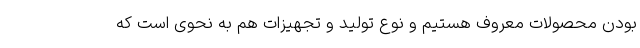
بودن محصولات معروف هستیم و نوع تولید و تجهیزات هم به نحوی است که